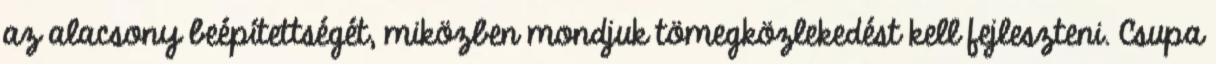
az alacsony beépítettségét, miközben mondjuk tömegközlekedést kell fejleszteni. Csupa